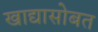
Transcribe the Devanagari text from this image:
खाद्यासोबत